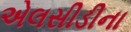
એલસીડીના